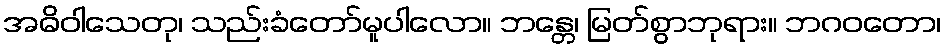
အဓိဝါသေတု၊ သည်းခံတော်မူပါလော။ ဘန္တေ၊ မြတ်စွာဘုရား။ ဘဂဝတော၊